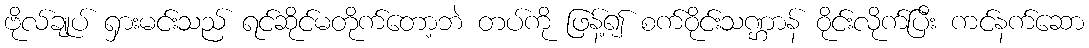
ဗိုလ်ချုပ် ရှားမင်းသည် ရင်ဆိုင်မတိုက်တော့ဘဲ တပ်ကို ဖြန့်၍ စက်ဝိုင်းသဏ္ဌာန် ဝိုင်းလိုက်ပြီး ကင်နက်ဆော